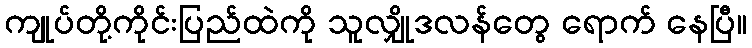
ကျုပ်တို့ကိုင်းပြည်ထဲကို သူလျှိုဒလန်တွေ ရောက် နေပြီ။